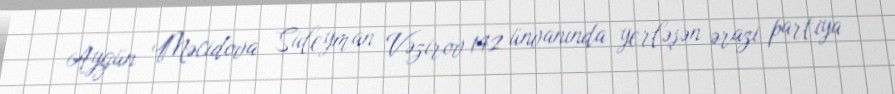
Aygün Məcidova Süleyman Vəzirov 142 ünvanında yerləşən ərazi partiya